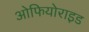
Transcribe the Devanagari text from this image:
ओफियोराइड